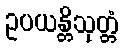
ဥပယန္တိသုတ္တံ